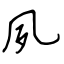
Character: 夙